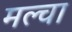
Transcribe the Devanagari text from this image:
मल्‍चा